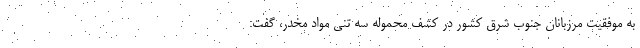
به موفقیت مرزبانان جنوب شرق کشور در کشف محموله سه تنی مواد مخدر، گفت: